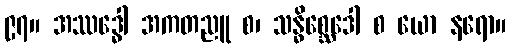
၉၇။ အဿဒ္ဓေါ အကတညူ စ၊ သန္ဓိစ္ဆေဒေါ စ ယော နရော။